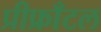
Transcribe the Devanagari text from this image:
प्रीफ्राँटल